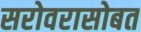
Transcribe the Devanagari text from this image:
सरोवरासोबत